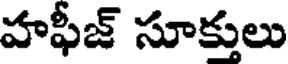
హఫీజ్ సూక్తులు